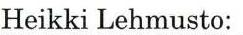
Heikki Lehmusto: